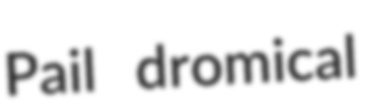
Pail dromical